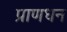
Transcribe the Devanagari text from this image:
प्राणधन